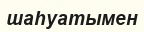
шаһуатымен